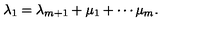
\lambda _ { 1 } = \lambda _ { m + 1 } + \mu _ { 1 } + \cdots \mu _ { m } .